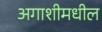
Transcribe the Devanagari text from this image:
अगाशीमधील